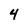
Character: 4